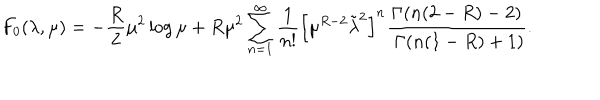
F _ { 0 } ( \lambda , \mu ) = - { \frac { R } { 2 } } \mu ^ { 2 } \log \mu + R \mu ^ { 2 } \sum _ { n = 1 } ^ { \infty } { \frac { 1 } { n ! } } \left[ \mu ^ { R - 2 } \tilde { \lambda } ^ { 2 } \right] ^ { n } { \frac { \Gamma ( n ( 2 - R ) - 2 ) } { \ \Gamma ( n ( 1 - R ) + 1 ) } } .